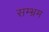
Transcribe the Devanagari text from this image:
सम्‍भ्रम